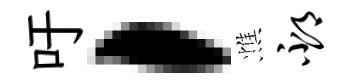
吁，憔邳